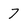
Character: 7